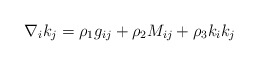
\begin{align*}\nabla_{i}k_{j}=\rho_{1}g_{ij}+\rho_{2}M_{ij}+\rho_{3}k_{i}k_{j}\end{align*}